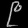
Digit: ၉